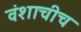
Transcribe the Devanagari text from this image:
वंशाचीच